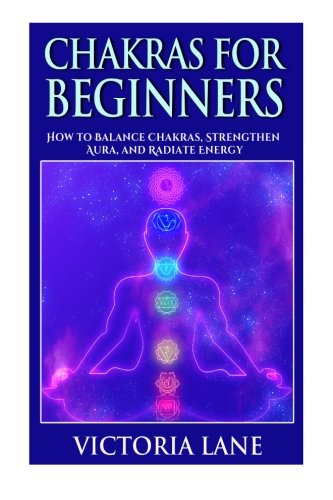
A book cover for Chakras for Beginners: How to Balance Chakras, Strengthen Aura, and Radiate Energy (Chakra Balancing, Healing, and Meditation Techniques); Victoria Lane; Religion & Spirituality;